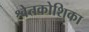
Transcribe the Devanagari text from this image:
श्वेतकोशिका